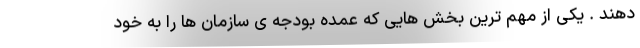
دهند . یکی از مهم ترین بخش هایی که عمده بودجه ی سازمان ها را به خود